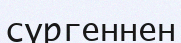
сүргеннен